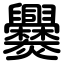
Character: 爨